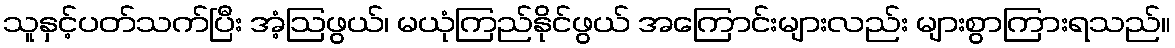
သူနှင့်ပတ်သက်ပြီး အံ့ဩဖွယ်၊ မယုံကြည်နိုင်ဖွယ် အကြောင်းများလည်း များစွာကြားရသည်။